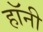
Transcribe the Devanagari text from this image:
हॉनी